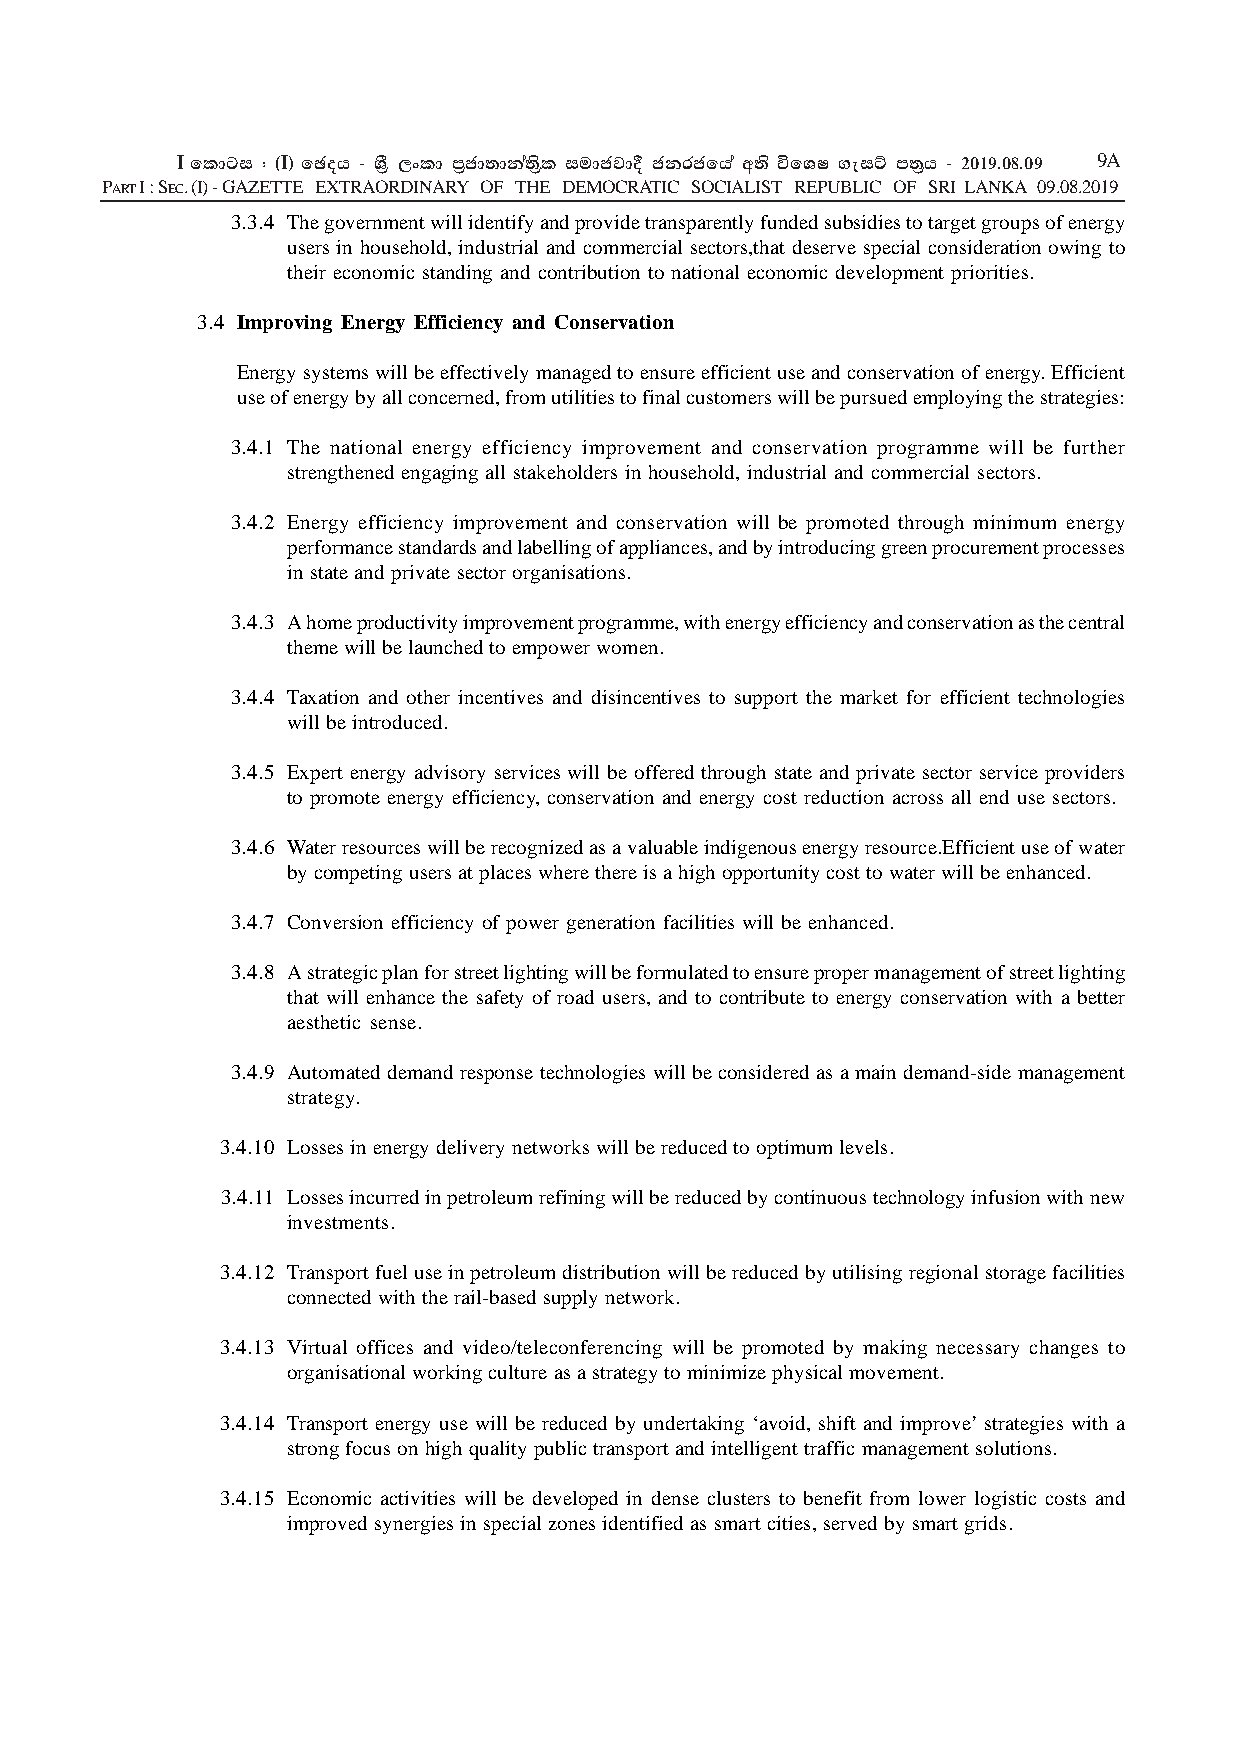
I fldgi ( ^I& fPoh - YS% ,xld m%cd;dka;s%l iudcjd§ ckrcfha w;s úfYI .eiÜ m;%h - 2019'08'09 9A
 PART I : SEC. (I) - GAZETTE EXTRAORDINARY OF THE DEMOCRATIC SOCIALIST REPUBLIC OF SRI LANKA 09.08.2019
 3.3.4 The government will identify and provide transparently funded subsidies to target groups of energy
 users in household, industrial and commercial sectors,that deserve special consideration owing to
 their economic standing and contribution to national economic development priorities.
 3.4 Improving Energy Efficiency and Conservation
 Energy systems will be effectively managed to ensure efficient use and conservation of energy. Efficient
 use of energy by all concerned, from utilities to final customers will be pursued employing the strategies:
 3.4.1 The national energy efficiency improvement and conservation programme will be further
 strengthened engaging all stakeholders in household, industrial and commercial sectors.
 3.4.2 Energy efficiency improvement and conservation will be promoted through minimum energy
 performance standards and labelling of appliances, and by introducing green procurement processes
 in state and private sector organisations.
 3.4.3 A home productivity improvement programme, with energy efficiency and conservation as the central
 theme will be launched to empower women.
 3.4.4 Taxation and other incentives and disincentives to support the market for efficient technologies
 will be introduced.
 3.4.5 Expert energy advisory services will be offered through state and private sector service providers
 to promote energy efficiency, conservation and energy cost reduction across all end use sectors.
 3.4.6 Water resources will be recognized as a valuable indigenous energy resource.Efficient use of water
 by competing users at places where there is a high opportunity cost to water will be enhanced.
 3.4.7 Conversion efficiency of power generation facilities will be enhanced.
 3.4.8 A strategic plan for street lighting will be formulated to ensure proper management of street lighting
 that will enhance the safety of road users, and to contribute to energy conservation with a better
 aesthetic sense.
 3.4.9 Automated demand response technologies will be considered as a main demand-side management
 strategy.
 3.4.10 Losses in energy delivery networks will be reduced to optimum levels.
 3.4.11 Losses incurred in petroleum refining will be reduced by continuous technology infusion with new
 investments.
 3.4.12 Transport fuel use in petroleum distribution will be reduced by utilising regional storage facilities
 connected with the rail-based supply network.
 3.4.13 Virtual offices and video/teleconferencing will be promoted by making necessary changes to
 organisational working culture as a strategy to minimize physical movement.
 3.4.14 Transport energy use will be reduced by undertaking ‘avoid, shift and improve’ strategies with a
 strong focus on high quality public transport and intelligent traffic management solutions.
 3.4.15 Economic activities will be developed in dense clusters to benefit from lower logistic costs and
 improved synergies in special zones identified as smart cities, served by smart grids.